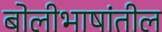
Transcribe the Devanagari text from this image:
बोलीभाषांतील